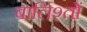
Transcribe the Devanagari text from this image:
बालिश्तों